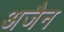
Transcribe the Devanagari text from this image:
अजैन